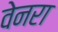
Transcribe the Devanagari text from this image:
वेनरा